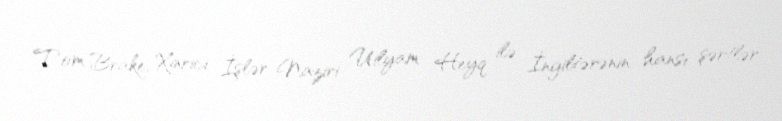
Tom Brake, Xarici İşlər Naziri Uilyam Heyq ilə İngiltərənin hansı şərtlər